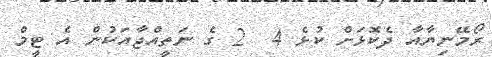
ރޯމޭނިޔާއާ ދެކޮޅަށް ކުޅެ 4  2 ގެ ނަތީއްޖާއަކުން އެ ޓީމް